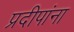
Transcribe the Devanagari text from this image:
प्रदीपांना